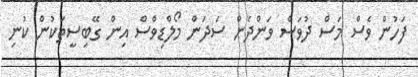
ފަހުން ވެސް މަސް ދުވަސް ވަންދެން ސަދަން މޯލްޑިވްސް އިން ގޭބިސީތަކުން ކުނި